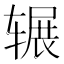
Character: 辗